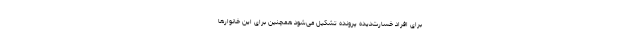
برای افراد خسارت‌دیده پرونده تشکیل می‌شود همچنین برای این خانوارها